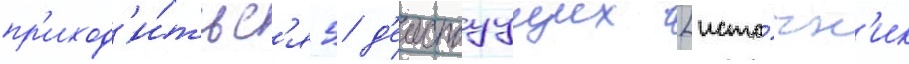
пр'иход'и́тьс'я 5 д'еиствуущих [исто́чн'ик